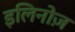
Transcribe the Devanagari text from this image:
इलिनोज़